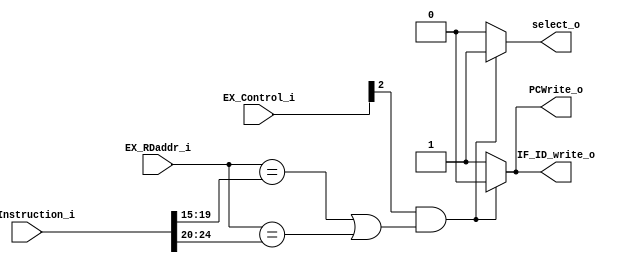
module HDU (
	ID_Instruction_i, 
	EX_RDaddr_i,
	EX_Control_i,

	select_o,
	PCWrite_o,
	IF_ID_write_o
);

input 	[31:0] ID_Instruction_i;
input	[4:0]  EX_RDaddr_i;
input	[4:0]  EX_Control_i;

output  reg select_o;
output  reg PCWrite_o;
output  reg IF_ID_write_o;

always@(ID_Instruction_i or EX_RDaddr_i or EX_Control_i) begin
	if (EX_Control_i[2] && ((EX_RDaddr_i == ID_Instruction_i[19:15]) || (EX_RDaddr_i == ID_Instruction_i[24:20]))) begin
		select_o = 1;
		PCWrite_o = 0;
		IF_ID_write_o = 0;
	end 
	else begin
		select_o = 0;
		PCWrite_o = 1;
		IF_ID_write_o = 1;
	end
end

endmodule